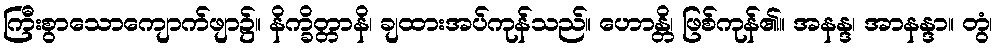
ကြီးစွာသောကျောက်ဖျာ၌။ နိက္ခိတ္တာနိ၊ ချထားအပ်ကုန်သည်။ ဟောန္တိ၊ ဖြစ်ကုန်၏။ အနန္ဒ၊ အာနန္ဒာ။ တွံ၊